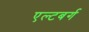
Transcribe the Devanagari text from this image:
एल्टबर्ग